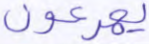
يهرعون